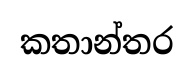
කතාන්තර